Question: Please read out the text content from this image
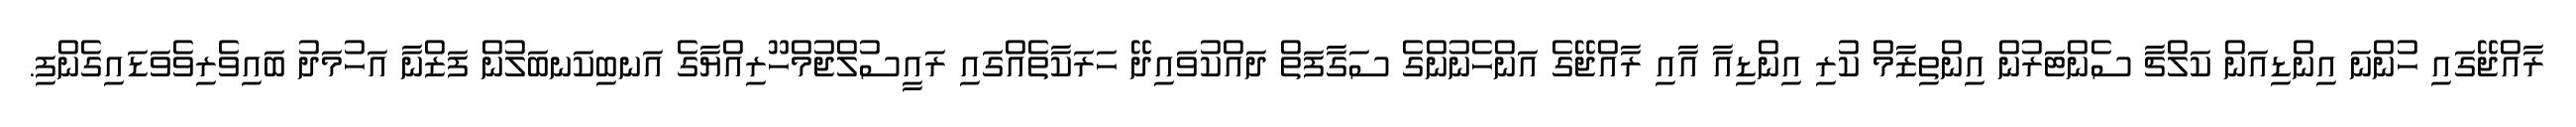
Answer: ރާއްޖޭގައި ހުންނަ އިންޑިއަން ކަލްޗާ ސެންޓަރުން އިންތިޒާމް ކުރި އިންޑިއާ އާއި ރާއްޖޭގެ އަންހެނުންގެ ސަގާފަތް ދައްކުވައިދޭ ހަރަކާތެއްގައި ރައީސުލްޖުމްހޫރިއްޔާގެ އަނބިކަނބަލުން ފަޒްނާ އަހުމަދު ބައިވެރިވެވަޑައިގެންފި.